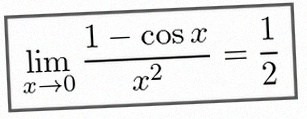
\lim_{x\to0}\frac{1-\cos x}{x^2}=\frac12